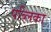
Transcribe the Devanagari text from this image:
पब्लिका